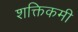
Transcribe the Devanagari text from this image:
शक्तिकमी